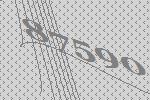
87590